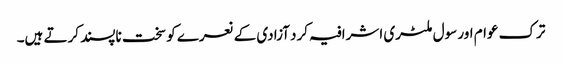
ترک عوام اور سول ملٹری اشرافیہ کرد آزادی کے نعرے کو سخت ناپسند کرتے ہیں۔